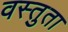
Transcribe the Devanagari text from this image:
वस्तुता